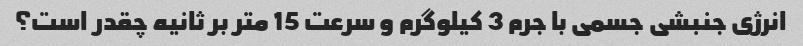
انرژی جنبشی جسمی با جرم 3 کیلوگرم و سرعت 15 متر بر ثانیه چقدر است؟